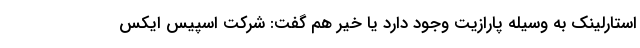
استارلینک به وسیله پارازیت وجود دارد یا خیر هم گفت: شرکت اسپیس ایکس